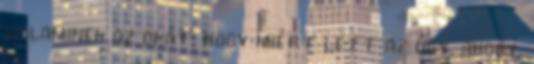
valaminek az okát, hogy miért lett az úgy, ahogy.